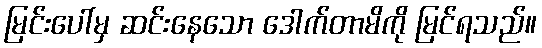
မြင်းပေါ်မှ ဆင်းနေသော ဒေါက်တာမိကို မြင်ရသည်။